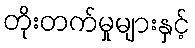
တိုးတက်မှုများနှင့်